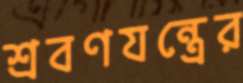
শ্রবণযন্ত্রের